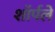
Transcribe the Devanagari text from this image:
शॉर्पले